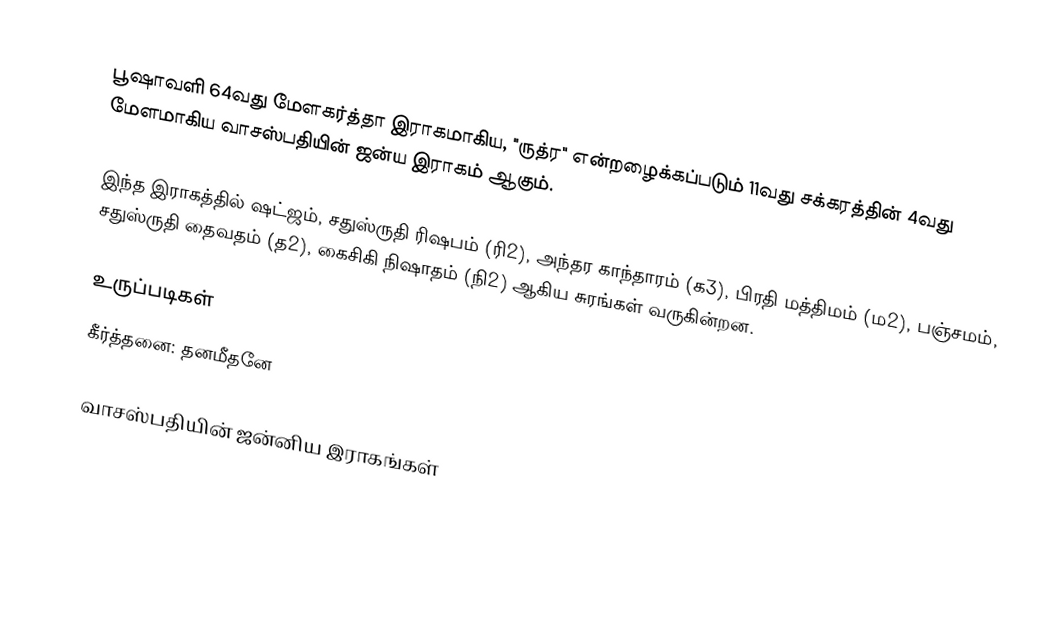
பூஷாவளி 64வது மேளகர்த்தா இராகமாகிய, "ருத்ர" என்றழைக்கப்படும் 11வது சக்கரத்தின் 4வது மேளமாகிய வாசஸ்பதியின் ஜன்ய இராகம் ஆகும்.

இந்த இராகத்தில் ஷட்ஜம், சதுஸ்ருதி ரிஷபம் (ரி2),  அந்தர காந்தாரம் (க3), பிரதி மத்திமம் (ம2), பஞ்சமம்,  சதுஸ்ருதி தைவதம் (த2), கைசிகி நிஷாதம்  (நி2) ஆகிய சுரங்கள் வருகின்றன.

உருப்படிகள்
 கீர்த்தனை: தனமீதனே

வாசஸ்பதியின் ஜன்னிய இராகங்கள்